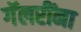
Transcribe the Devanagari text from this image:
गॅलरींना